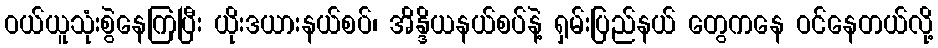
ဝယ်ယူသုံးစွဲနေကြပြီး ယိုးဒယားနယ်စပ်၊ အိန္ဒိယနယ်စပ်နဲ့ ရှမ်းပြည်နယ် တွေကနေ ဝင်နေတယ်လို့